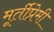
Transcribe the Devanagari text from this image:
मूर्तीप्रेमी